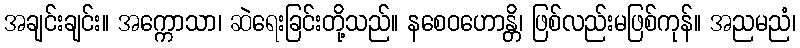
အချင်းချင်း။ အက္ကောသာ၊ ဆဲရေးခြင်းတို့သည်။ နစေဝဟောန္တိ၊ ဖြစ်လည်းမဖြစ်ကုန်။ အညမညံ၊